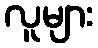
လူများ